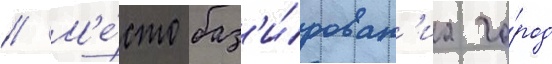
// М'е́сто баз'и́рован'иа го́род